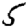
Digit: 5